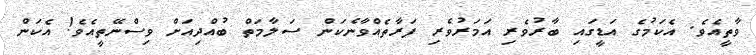
ވާތީއެވެ. އެކަމުގެ އަޑީގައި ބާރުވެރި އަމަރުވެރި ފަރާތެއްވާނެކަން ސަލާމަތް ބުއްދިއަށް ވިސްނޭތީއެވެ! އެކަން